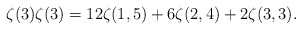
\begin{align*}\zeta(3)\zeta(3)=12\zeta(1,5)+6\zeta(2,4)+2\zeta(3,3).\end{align*}